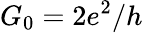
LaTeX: G_{0}=2e^{2}/h